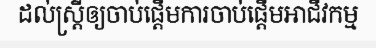
ដល់ស្ត្រីឲ្យចាប់ផ្តើមការចាប់ផ្តើមអាជីវកម្ម